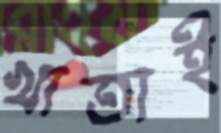
খাতাই